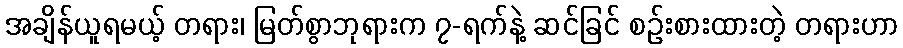
အချိန်ယူရမယ့် တရား၊ မြတ်စွာဘုရားက ၇-ရက်နဲ့ ဆင်ခြင် စဉ်းစားထားတဲ့ တရားဟာ